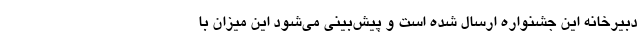
دبیرخانه این جشنواره ارسال شده است و پیش‌بینی می‌شود این میزان با